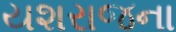
યશરાજના